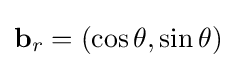
\mathbf {b} _{r}=(\cos \theta ,\sin \theta )